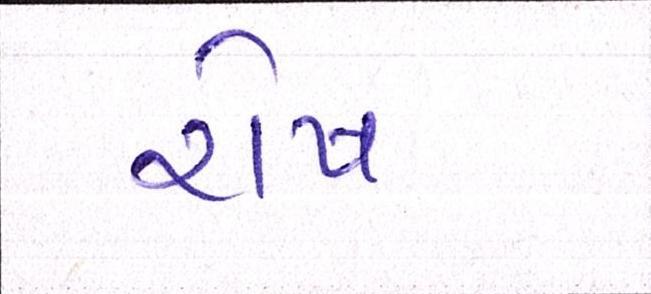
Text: રોષ